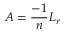
A = \frac { - 1 } { n } L _ { r }